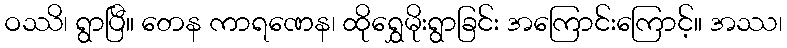
ဝဿိ၊ ရွာပြီ။ တေန ကာရဏေန၊ ထိုရွှေမိုးရွာခြင်း အကြောင်းကြောင့်။ အဿ၊